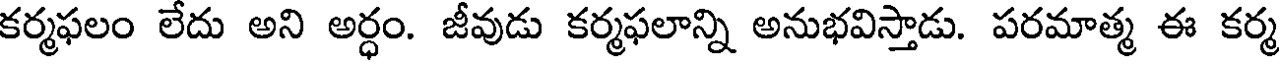
కర్మఫలం లేదు అని అర్ధం. జీవుడు కర్మఫలాన్ని అనుభవిస్తాడు. పరమాత్మ ఈ కర్మ